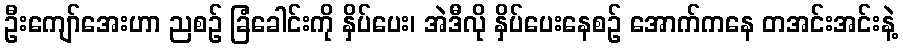
ဦးကျော်အေးဟာ ညစဉ် ခြံခေါင်းကို နှိပ်ပေး၊ အဲဒီလို နှိပ်ပေးနေစဉ် အောက်ကနေ တအင်းအင်းနဲ့